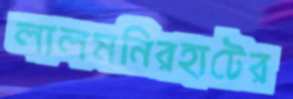
লালমনিরহাটের